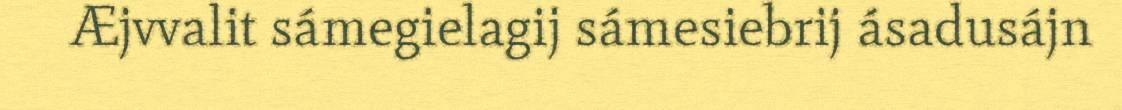
Æjvvalit sámegielagij sámesiebrij ásadusájn